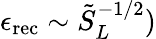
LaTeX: \epsilon_{\textrm{rec}}\sim\tilde{S}_{L}^{-1/2})